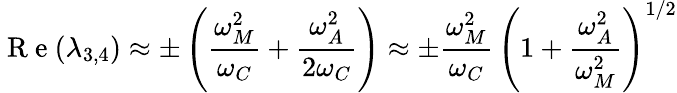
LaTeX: \mathrm{~R~e~}(\lambda_{3,4})\approx\pm\left(\frac{\omega_{M}^{2}}{\omega_{C}}+\frac{\omega_{A}^{2}}{2\omega_{C}}\right)\approx\pm\frac{\omega_{M}^{2}}{\omega_{C}}\, \left(1+\frac{\omega_{A}^{2}}{\omega_{M}^{2}}\right)^{1/2}